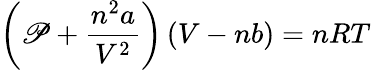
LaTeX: \left(\mathscr{P}+{\frac{{n^{2}a}}{{V^{2}}}}\right)\left(V-nb\right)=nRT